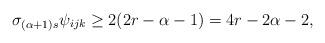
LaTeX: \begin{align*}\sigma_{(\alpha+1)s} \psi_{ijk} \geq 2(2r-\alpha-1) = 4r-2\alpha-2 ,\end{align*}